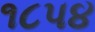
૧૮પ૪